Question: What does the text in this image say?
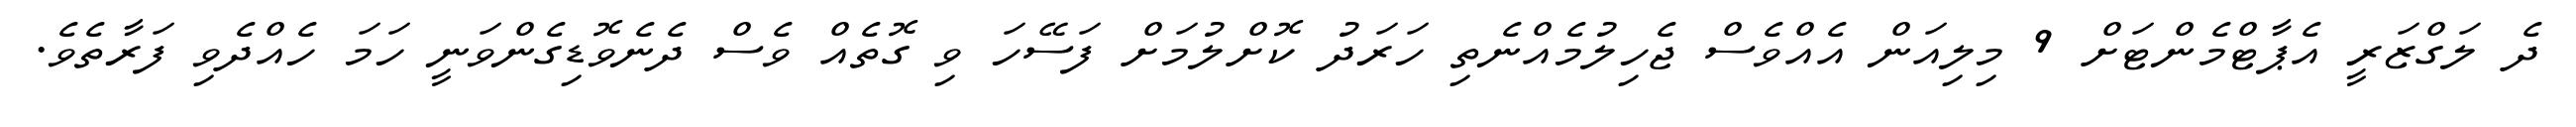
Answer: ދެ ލަގްޒަރީ އެޕާޓްމެންޓަށް 9 މިލިއަން އެއްވެސް ޖެހިލުމެއްނެތި ހަރަދު ކޮށްލުމަށް ފަސޭހަ ވި ގޮތެއް ވެސް ދެނެވޮޑިގެންވަނީ ހަމަ ހެއްދެވި ފަރާތެވެ.